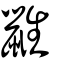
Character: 鼪